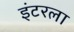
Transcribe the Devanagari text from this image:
इंटरला